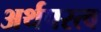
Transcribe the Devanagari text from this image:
अर्थपरत्व